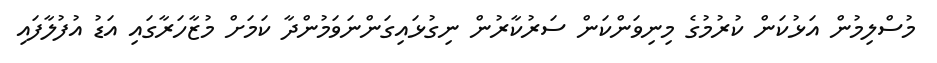
މުސްލިމުން އަޅުކަން ކުރުމުގެ މިނިވަންކަން ސަރުކާރުން ނިގުޅައިގަންނަވަމުންދާ ކަމަށް މުޒާހަރާގައި އަޑު އުފުލާފައި